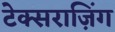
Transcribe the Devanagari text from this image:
टेक्सराज़िंग